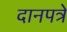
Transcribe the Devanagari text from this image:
दानपत्रे